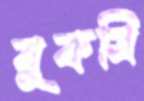
বুকমি